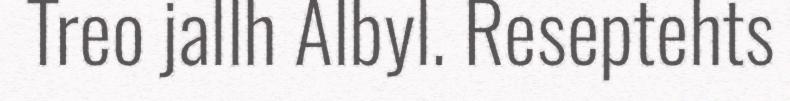
Treo jallh Albyl. Reseptehts